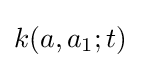
k(a,a_{1};t)